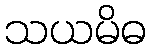
သယမိဓ